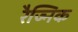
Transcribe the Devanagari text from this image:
रैज्निक